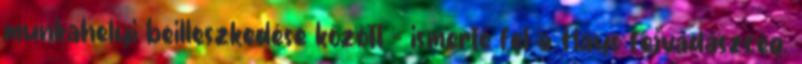
munkahelyi beilleszkedése között – ismerte fel a Hays fejvadászcég.